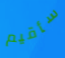
سأقيم